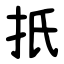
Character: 扺